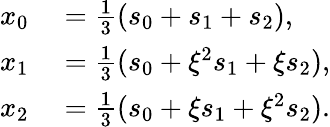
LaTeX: \begin{array}{rl}{x_{0}}&{{}={\frac{1}{3}}(s_{0}+s_{1}+s_{2}),}\\ {x_{1}}&{{}={\frac{1}{3}}(s_{0}+\xi^{2}s_{1}+\xi s_{2}),}\\ {x_{2}}&{{}={\frac{1}{3}}(s_{0}+\xi s_{1}+\xi^{2}s_{2}).}\end{array}